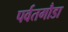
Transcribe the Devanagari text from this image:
पर्वतगौडा